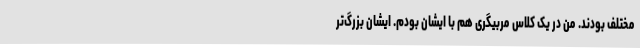
مختلف بودند. من در یک کلاس مربیگری هم با ایشان بودم. ایشان بزرگ‌تر